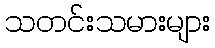
သတင်းသမားများ